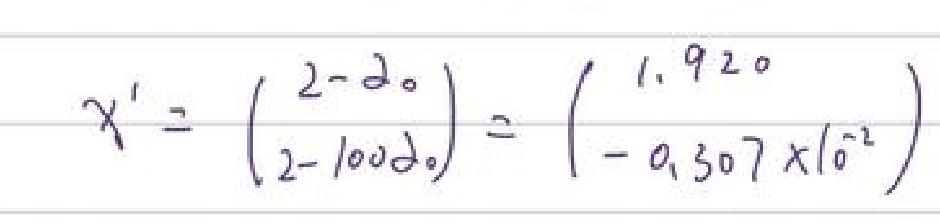
\[
\chi'=\begin{pmatrix}
2 - 2_0\\
2 - 100\delta_0
\end{pmatrix}=\begin{pmatrix}
1.920\\
- 0.307\times10^{-2}
\end{pmatrix}
\]